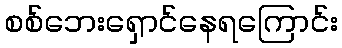
စစ်ဘေးရှောင်နေရကြောင်း